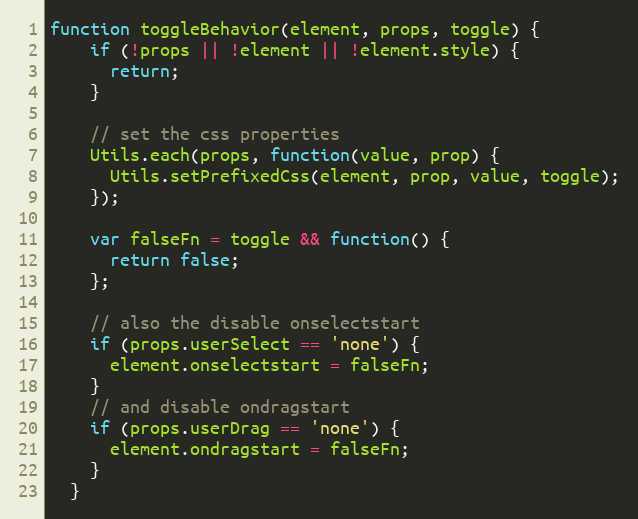
Language: JavaScript
function toggleBehavior(element, props, toggle) {
    if (!props || !element || !element.style) {
      return;
    }

    // set the css properties
    Utils.each(props, function(value, prop) {
      Utils.setPrefixedCss(element, prop, value, toggle);
    });

    var falseFn = toggle && function() {
      return false;
    };

    // also the disable onselectstart
    if (props.userSelect == 'none') {
      element.onselectstart = falseFn;
    }
    // and disable ondragstart
    if (props.userDrag == 'none') {
      element.ondragstart = falseFn;
    }
  }